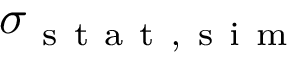
\sigma _ { \mathrm { ~ s ~ t ~ a ~ t ~ , ~ s ~ i ~ m ~ } }